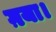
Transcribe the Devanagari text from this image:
ग़या।